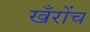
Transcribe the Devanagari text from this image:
खँरोंच